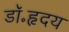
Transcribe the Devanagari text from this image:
डॉ॰हृदय